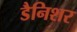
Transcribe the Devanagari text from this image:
डैनिशर